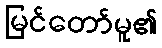
မြင်တော်မူ၏